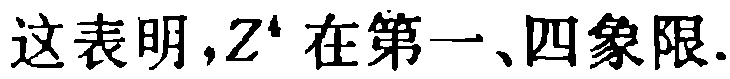
这表明，\(Z^{4}\) 在第一、四象限.